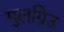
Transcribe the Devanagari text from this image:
मुलग्रिउ